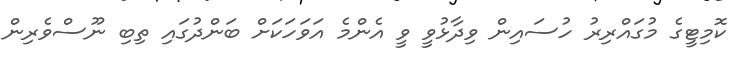
ކޮމިޓީގެ މުގައްރިރު ހުސައިން ވިދާޅުވީ ވީ އެންމެ އަވަހަކަށް ބަންދުގައި ތިބި ނޫސްވެރިން